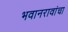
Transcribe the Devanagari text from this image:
भवानरावांचा